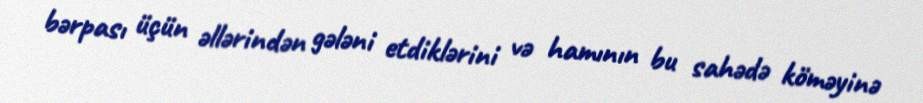
bərpası üçün əllərindən gələni etdiklərini və hamının bu sahədə köməyinə